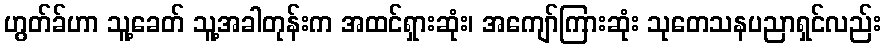
ဟွတ်ခ်ဟာ သူ့ခေတ် သူ့အခါတုန်းက အထင်ရှားဆုံး၊ အကျော်ကြားဆုံး သုတေသနပညာရှင်လည်း